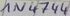
Text: 1N4744